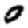
Digit: 0